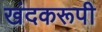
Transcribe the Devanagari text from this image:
खंदकरूपी